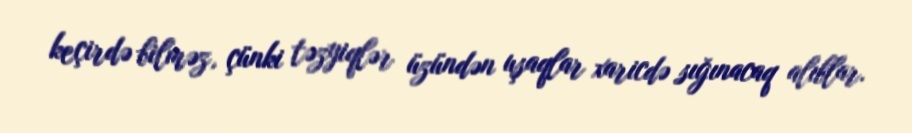
keçirdə bilməz, çünki təzyiqlər üzündən uşaqlar xaricdə sığınacaq alıblar.